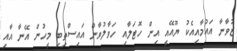
ޒުވާނާ އައުމާއިއެކު ޔޫއޭއީ އިން ހޮޓަލާއި ހަވާލުވާން އައިސްތިބި މީހުން އޭނާ އާއި